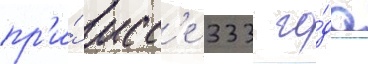
пр'и́ исс'е 333 го́да